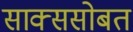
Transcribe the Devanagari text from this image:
साक्ससोबत